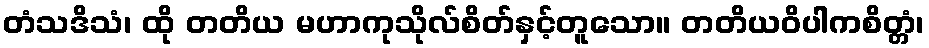
တံသဒိသံ၊ ထို တတိယ မဟာကုသိုလ်စိတ်နှင့်တူသော။ တတိယဝိပါကစိတ္တံ၊